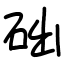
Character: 础